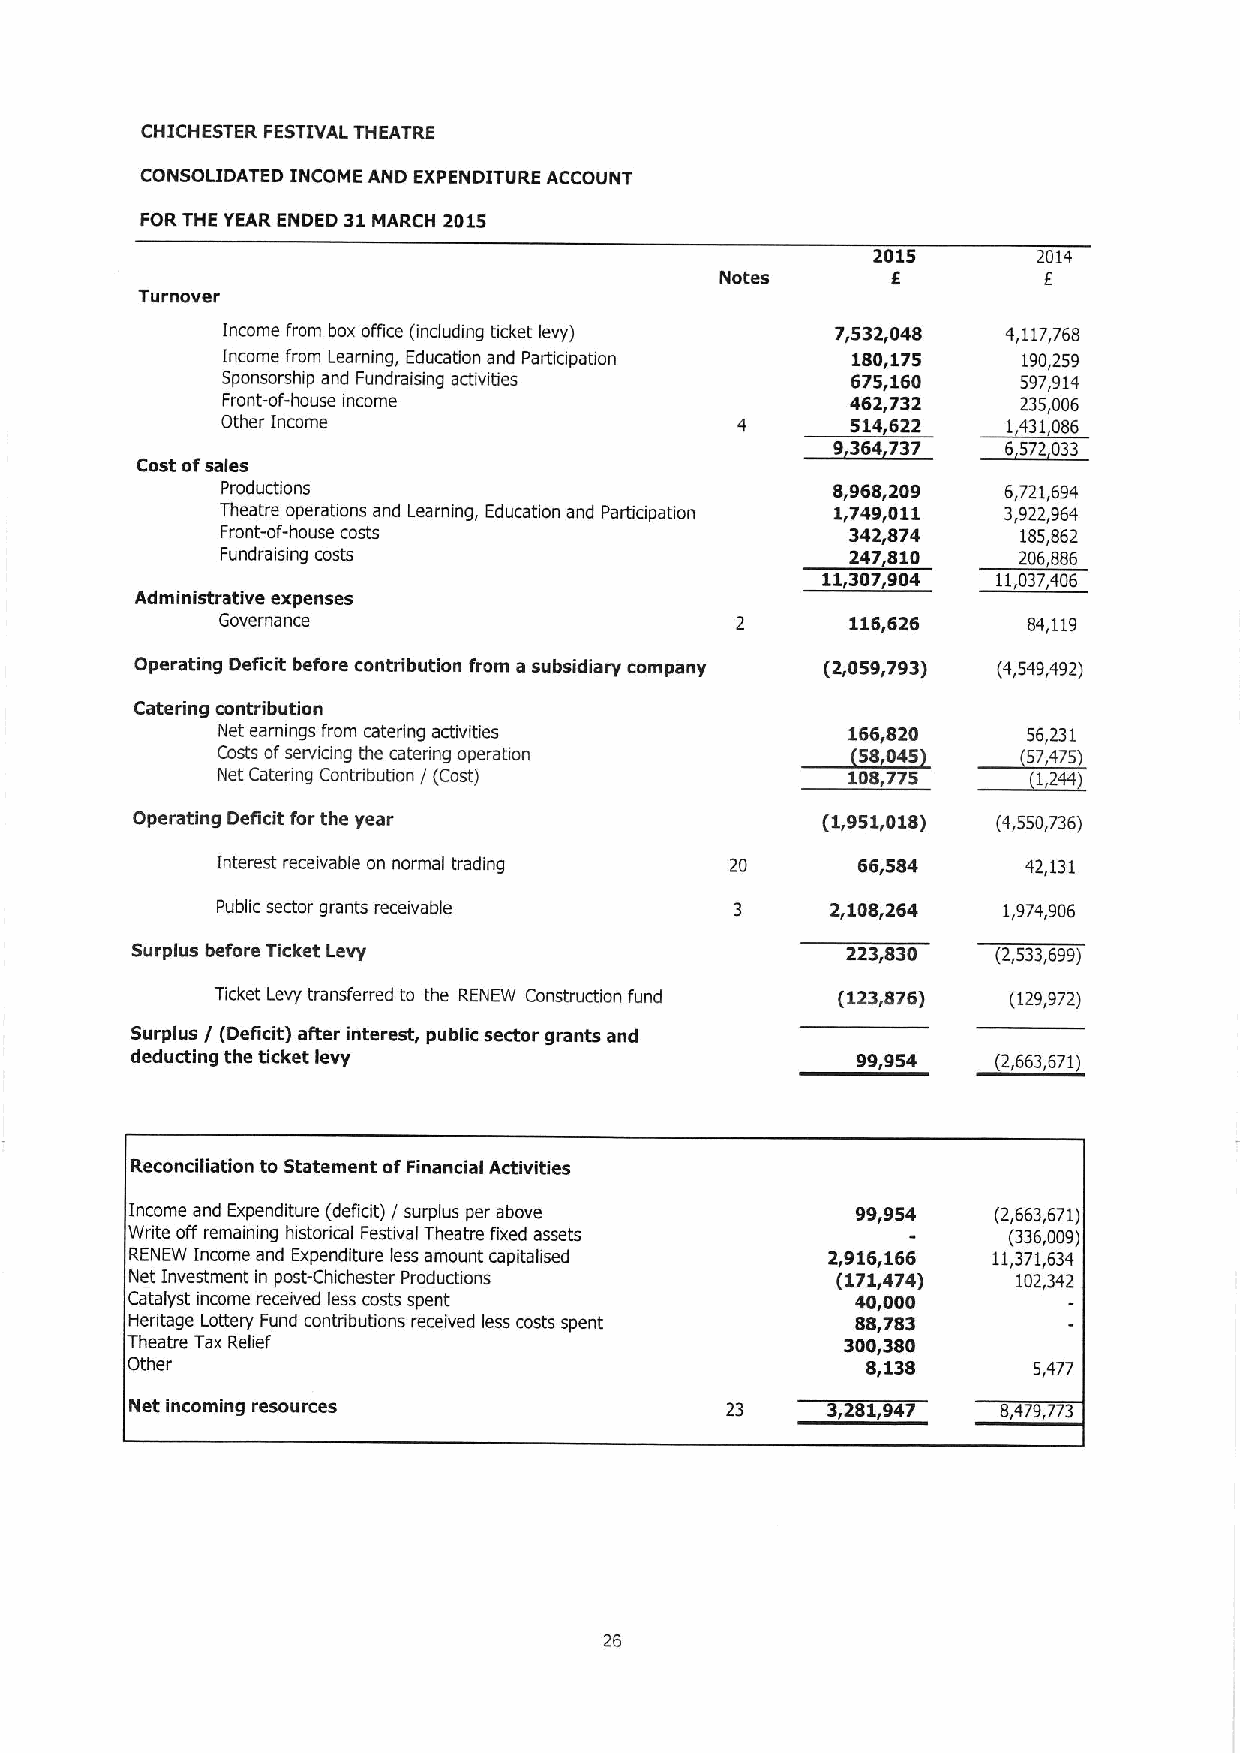
CHICHESTER FESTIVAL THEATRE
 CONSOLIDATED INCOME AND EXPENDITURE ACCOUNT
 FOR THE YEAR ENDED 31 MARCH 2015
 2015       2014
 Notes      E         I
 Tui'never
 Income from box office (including ticket levy) 7,532,048 4,117,768
 Income from Learning, Education and Participation 180,175 190,259
 Sponsorship and Fundraising activities   675,160     597,914
 Front-of-house income                    462,732     235,006
 Other Income                             514,622    1,431,086
 0364737     6572033
 Cost ofsales
 Productions                             8,968,209  6,721,694
 Theatre operations and Learning, Education and Partiapation 1,749,011 3,922,964
 Front-of-house costs                     342,874     185,862
 Fundraising costs                        247010     206806
 11,307,904  11,037,406
 Administrative expenses
 Governance                                116,626     84,119
 Operating Deficit before contribution from a subsidiary company (2,059,793) (4,549,492)
 Catering contribution
 Net earnings from catering activities  ~01866,,820 ~5756,,231
 Costs ofserviang the catering operation      040       4752
 Net Catering Contribution / (Cost)        108,775
 Operating Deficit for the year               (1,951,018) (4,550,736)
 Interest receivable on normal trading 20   66,584     42,131
 Public sector grants receivable          2,108,264  1,974,906
 Surplus before Ticket Levy                     223,830   (2,533,699)
 Ticket Levy transferred to the RENEW Construction fund (123,876) (129,972)
 Surplus / (Deficit) after interest, public sector grants and
 deducting the ticket levy                       99,954   (2,663,671)
 Reconciliation to Statement ofFinancial Activities
 Income and Expenditure (deficit) / surplus per above 99,954 (2,663,671)
 Write off remaining historical Festival Theatre fixed assets (336,009)
 RENEW Income and Expenditure less amount capitalised 2,916,166 11,371,634
 Net Investment in post-Chichester Productions (171,474)   102,342
 Catalyst income received less costs spent        40,000
 Hentage Lottery Fund contributions received less costs spent 88,783
 Theatre Tax Relief                              300,380
 Other                                            8,138      5,477
 Net incoming resources                        3,281,947  8,479,773
 26